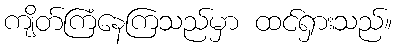
ကျိတ်ကြံနေကြသည်မှာ ထင်ရှားသည်။